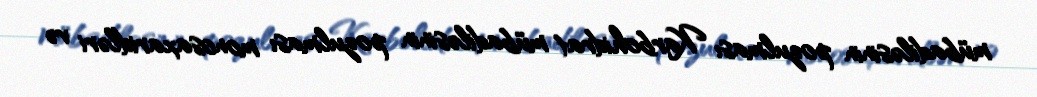
mübadiləsinin pozulması Karbohidrat mübadiləsinin pozulması monosaxaridləri və